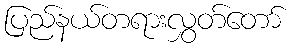
ပြည်နယ်တရားလွှတ်တော်